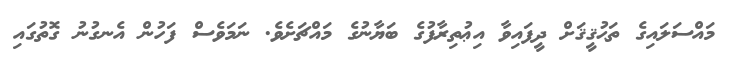
މައްސަލައިގެ ތަޙުޤީޤަށް ދީފައިވާ އިޢުތިރާފުގެ ބަޔާނުގެ މައްޗަށެވެ. ނަމަވެސް ފަހުން އެނގުނު ގޮތުގައި